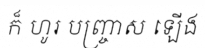
ក៏ ហូរ បញ្ច្រាស ឡើង